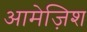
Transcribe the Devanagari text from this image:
आमेज़िश